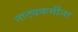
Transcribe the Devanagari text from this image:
नाट्यकर्मींना